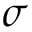
\sigma